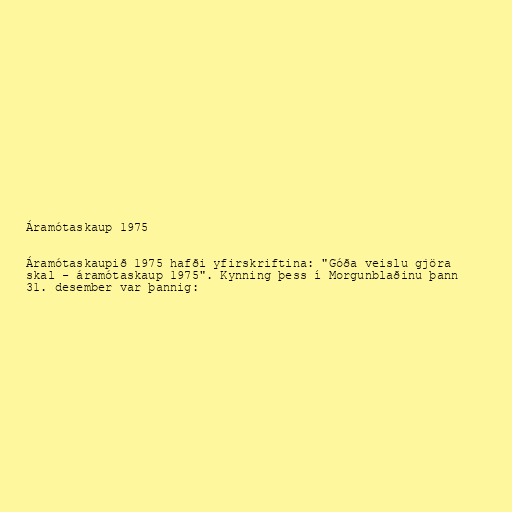
Áramótaskaup 1975

Áramótaskaupið 1975 hafði yfirskriftina: "Góða veislu gjöra
skal - áramótaskaup 1975". Kynning þess í Morgunblaðinu þann
31. desember var þannig: